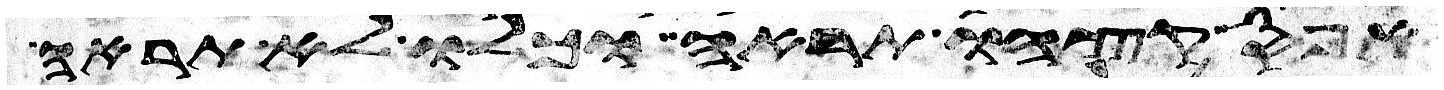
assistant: אפס קצהו תראה וכלו לא תראה